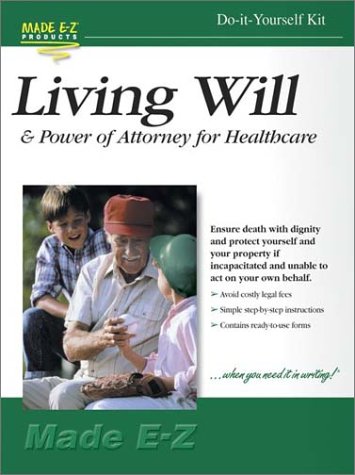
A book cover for Living Will Kit; Made E-Z Products; Law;